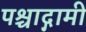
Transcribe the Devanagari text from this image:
पश्चाद्गामी